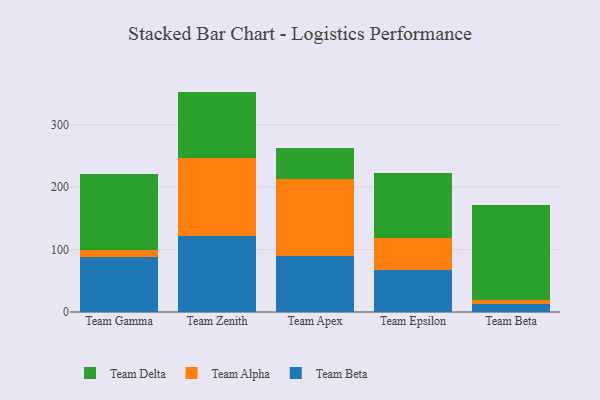
{"axis": {"x": "Team", "y": "Gross Profit (USD K)"}, "legend": ["Team Alpha", "Team Beta", "Team Delta"], "data": [{"x": "Team Gamma", "y": 88.1, "type": "Team Beta"}, {"x": "Team Gamma", "y": 10.9, "type": "Team Alpha"}, {"x": "Team Gamma", "y": 121.5, "type": "Team Delta"}, {"x": "Team Zenith", "y": 121.9, "type": "Team Beta"}, {"x": "Team Zenith", "y": 125.1, "type": "Team Alpha"}, {"x": "Team Zenith", "y": 106.1, "type": "Team Delta"}, {"x": "Team Apex", "y": 89.6, "type": "Team Beta"}, {"x": "Team Apex", "y": 123.7, "type": "Team Alpha"}, {"x": "Team Apex", "y": 49.6, "type": "Team Delta"}, {"x": "Team Epsilon", "y": 67.3, "type": "Team Beta"}, {"x": "Team Epsilon", "y": 50.9, "type": "Team Alpha"}, {"x": "Team Epsilon", "y": 104.4, "type": "Team Delta"}, {"x": "Team Beta", "y": 12.3, "type": "Team Beta"}, {"x": "Team Beta", "y": 7.7, "type": "Team Alpha"}, {"x": "Team Beta", "y": 151.5, "type": "Team Delta"}]}